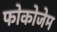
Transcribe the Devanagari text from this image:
फोकोजेम